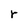
Character: r